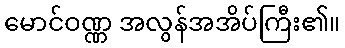
မောင်ဝဏ္ဏ အလွန်အအိပ်ကြီး၏။